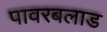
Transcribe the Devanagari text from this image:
पावरबलाड